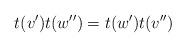
LaTeX: \begin{align*}t(v')t(w'')=t(w')t(v'')\end{align*}